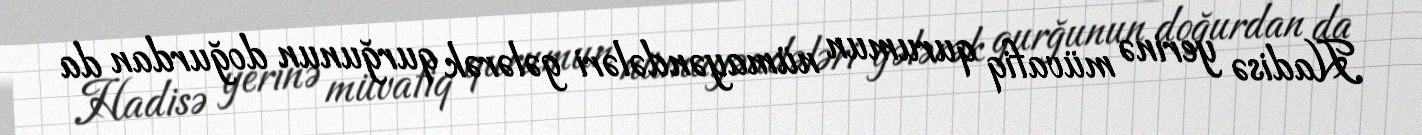
Hadisə yerinə müvafiq qurumun nümayəndələri gələrək qurğunun doğurdan da